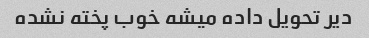
دیر تحویل داده میشه خوب پخته نشده